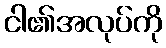
ငါ၏အလုပ်ကို